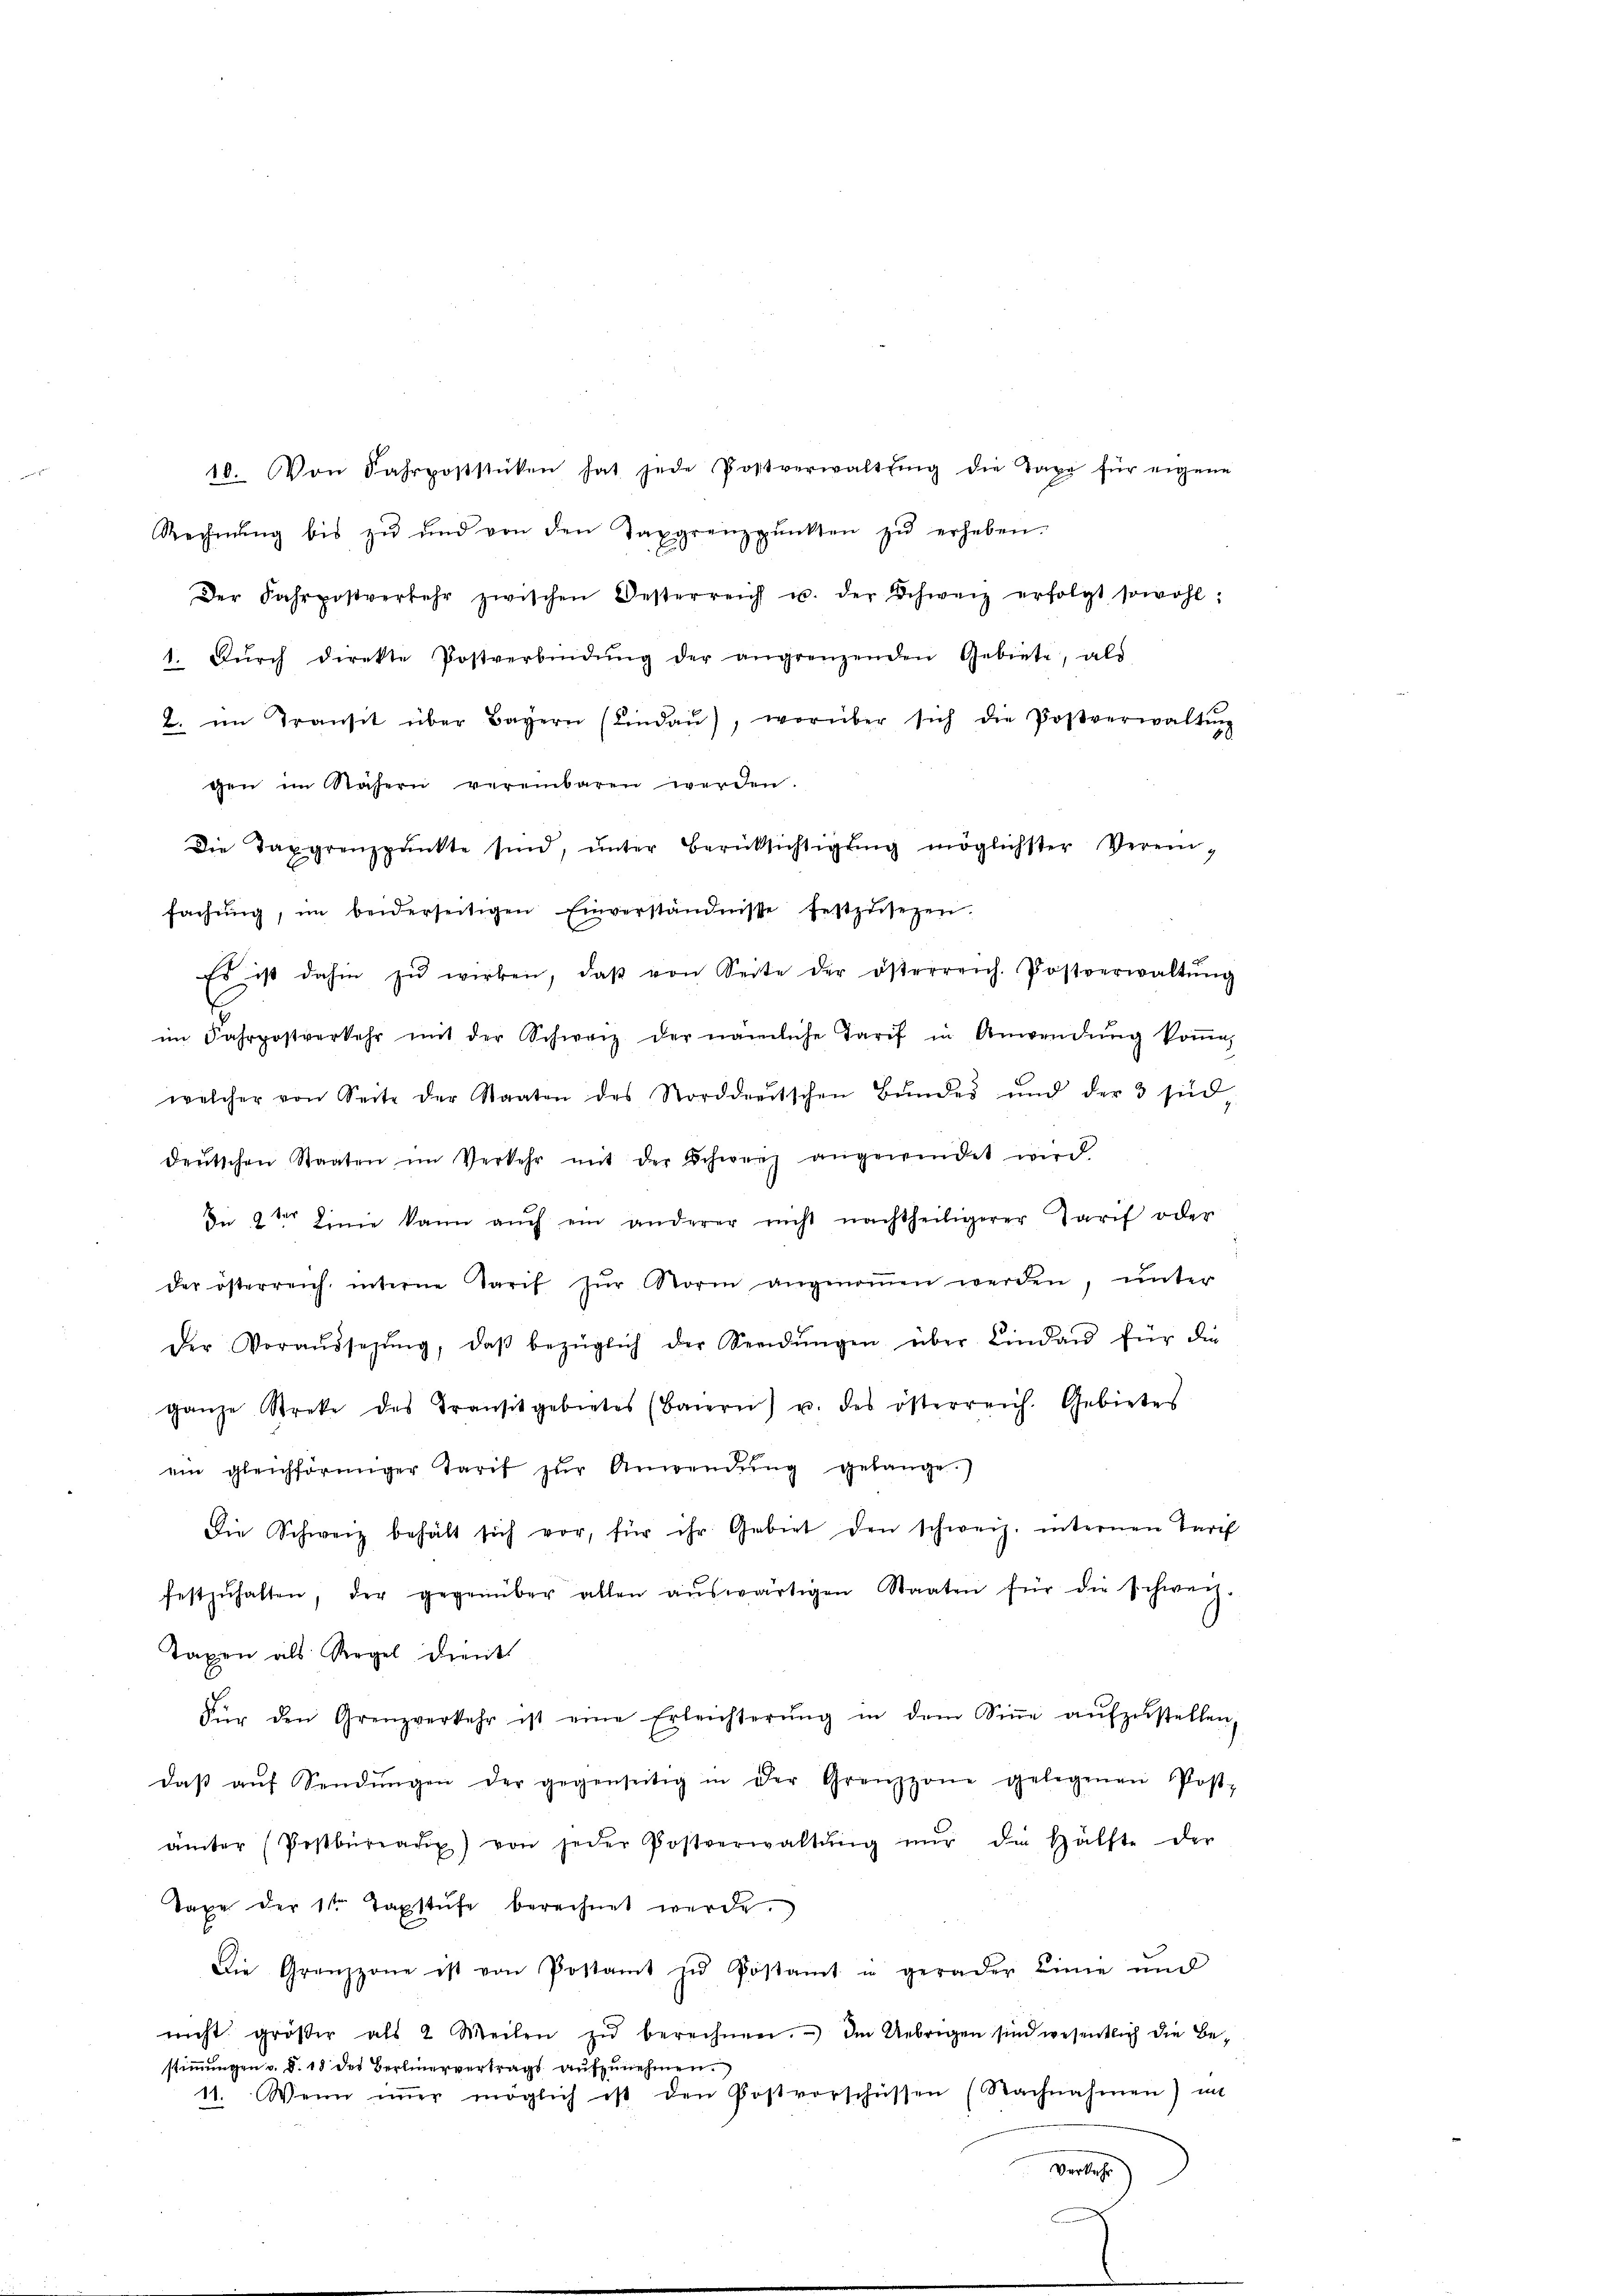
10. Von Fahrposstücken hat jede Postverwaltŭng die Taxe für eigene
Rechnŭng bis zŭ ŭnd von den Taxgrenzpŭnkten zŭ erheben.
Der Fahrpostverkehr zwischen Oesterreich u. der Schweiz erfolgt sowohl:
1. Dŭrch direkte Postverbindŭng der angrenzenden Gebiete, als
B. im Transit über Bayern (Lindaŭ), worüber sich die Postverwaltŭng
gen im Nähern vereinbaren werden.
fachŭng, im beiderseitigen Einverständnisse festzŭsezen.
Es ist dahin zŭ wirken, daβ von Seite der österreich. Postverwaltŭng
im Fahrpostverkehr mit der Schweiz der nämliche Tarif in Anwendŭng koṁan
welcher von Seite der Staaten des Norddeutschen Bŭndes und der 3 sid
deŭtschen Staaten im Verkehr mit der Schweiz angewendet wird
In 2ter Linie kann auch ein anderer nicht nachtheiligerer Paris oder
der österreich, interne Tarif zŭr Norm angenoṁen werden, unter
Der Voraŭssegŭng, daβ bezüglich der Sendŭngen über Lindau für die
ganze Streke des Transit gebietes (Baiern) u. des österreich. Gebietes
ein gleichförmiger Tarif zŭr Anwendŭng gelange.
Die Schweiz behält sich vor, für ihr Gebiet den schweiz. internen Tarif
festzŭhalten, der gegenüber allen aŭswärtigen Staaten für die schweiz.
Taxen als Regel dient
Für den Grenzverkehr ist eine Erleichterŭng in dem Siṅe aŭfzŭstellen,
daβ aŭf Sendŭngen der gegenseitig in der Grenzzone gelegenen Post-
ämter (Postbüreati) von jeder Postverwaltŭng nŭr die Hälfte der
Taxe der 1ten Taxstŭfe berechnet werde.
Die Grenzzone ist von Postamt zŭ Postamt in gerader Linie und
nicht gröβer als 2 Meilen zŭ berechnen. Im Uebrigen sind wesentlich die Be-
stimmungen v. §. 18 des Berlinervertrags aufzunehmen.
11. Wenn immer möglich ist den Postvorschüssen (Nachnahmen) in
Verker

Die Taxgrenzpŭnkte sind, ŭnter Berücksichtigŭng möglichster Verein-